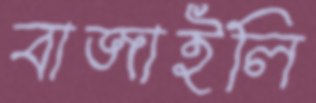
বাজাইলি